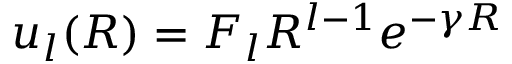
u _ { l } ( R ) = F _ { l } R ^ { l - 1 } e ^ { - \gamma R }